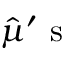
\hat { \mu } ^ { \prime } \mathrm { ~ s ~ }